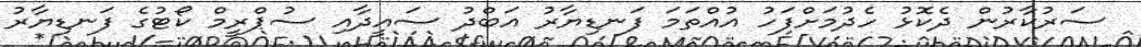
ސަރުކާރުން ދެކޮޅު ހެދުމަށްފަހު އުއްތަމަ ފަނޑިޔާރު އަބްދު ސައީދާއި ސުޕްރީމް ކޯޓުގެ ފަނޑިޔާރު